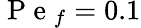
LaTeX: \mathrm{~P~e~}_{f}=0.1